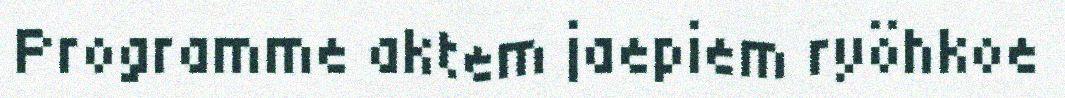
Programme aktem jaepiem ryöhkoe